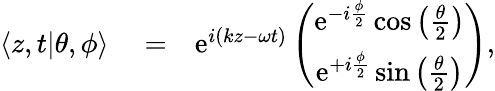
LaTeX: \begin{array}{rlr}{\langle z,t|\theta,\phi\rangle}&{{}=}&{\mathrm{e}^{i(kz-\omega t)}\left(\begin{array}{c}{\mathrm{e}^{-i\frac{\phi}{2}}\cos\left(\frac{\theta}{2}\right)}\\ {\mathrm{e}^{+i\frac{\phi}{2}}\sin\left(\frac{\theta}{2}\right)}\end{array}\right),}\end{array}